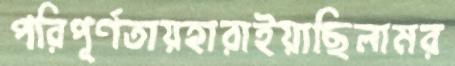
পরিপূর্ণতায়হারাইয়াছিলামর